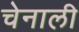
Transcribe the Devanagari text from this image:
चेनाली